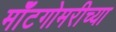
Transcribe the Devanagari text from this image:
मॉँटगोमरीच्या